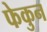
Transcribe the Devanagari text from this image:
फेकुन